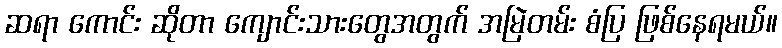
ဆရာ ကောင်း ဆိုတာ ကျောင်းသားတွေအတွက် အမြဲတမ်း စံပြ ဖြစ်နေရမယ်။